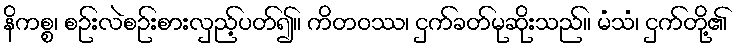
နိကစ္စ၊ စဉ်းလဲစဉ်းစားလှည့်ပတ်၍။ ကိတဝဿ၊ ငှက်ခတ်မုဆိုးသည်။ မံသံ၊ ငှက်တို့၏